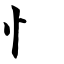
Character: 忄